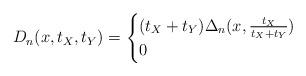
LaTeX: \begin{align*}D_n(x,t_X,t_Y)= \begin{cases}(t_X+t_Y)\Delta_n(x,\frac{t_X}{t_X+t_Y})&\\0&\end{cases}\end{align*}